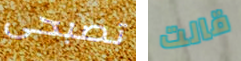
تصبحى قالت